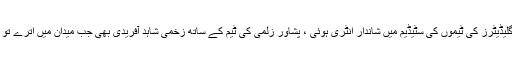
فاخرکی پرفارمنس کے بعد پشاور زلمی اور کوئٹہ گلیڈیٹرز کی ٹیموں کی سٹیڈیم میں شاندار انٹری ہوئی ، پشاور زلمی کی ٹیم کے ساتھ زخمی شاہد آفریدی بھی جب میدان میں اترے تو بوم بوم کے شور میں کانوں پڑی آواز سنائی نہ دی۔